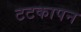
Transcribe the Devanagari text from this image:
टटकापन